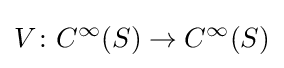
V\colon C^{\infty }(S)\to C^{\infty }(S)